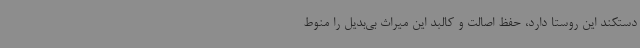
دستکند این روستا دارد، حفظ اصالت و کالبد این میراث بی‌بدیل را منوط